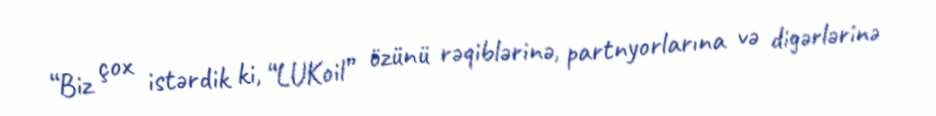
“Biz çox istərdik ki, “LUKoil” özünü rəqiblərinə, partnyorlarına və digərlərinə